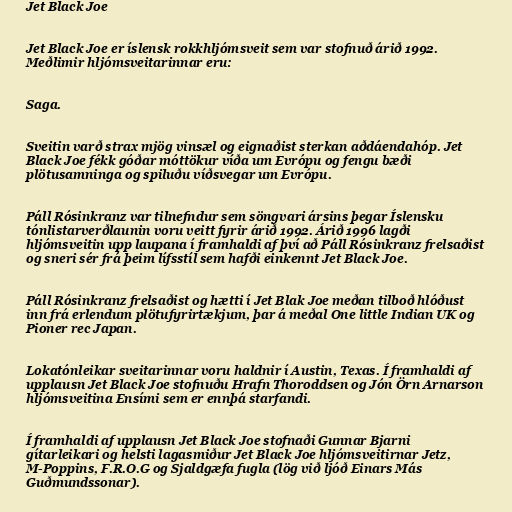
Jet Black Joe

Jet Black Joe er íslensk rokkhljómsveit sem var stofnuð árið 1992.
Meðlimir hljómsveitarinnar eru:

Saga.

Sveitin varð strax mjög vinsæl og eignaðist sterkan aðdáendahóp. Jet
Black Joe fékk góðar móttökur víða um Evrópu og fengu bæði
plötusamninga og spiluðu víðsvegar um Evrópu.

Páll Rósinkranz var tilnefndur sem söngvari ársins þegar Íslensku
tónlistarverðlaunin voru veitt fyrir árið 1992. Árið 1996 lagði
hljómsveitin upp laupana í framhaldi af því að Páll Rósinkranz frelsaðist
og sneri sér frá þeim lífsstíl sem hafði einkennt Jet Black Joe.

Páll Rósinkranz frelsaðist og hætti í Jet Blak Joe meðan tilboð hlóðust
inn frá erlendum plötufyrirtækjum, þar á meðal One little Indian UK og
Pioner rec Japan.

Lokatónleikar sveitarinnar voru haldnir í Austin, Texas. Í framhaldi af
upplausn Jet Black Joe stofnuðu Hrafn Thoroddsen og Jón Örn Arnarson
hljómsveitina Ensími sem er ennþá starfandi.

Í framhaldi af upplausn Jet Black Joe stofnaði Gunnar Bjarni
gítarleikari og helsti lagasmiður Jet Black Joe hljómsveitirnar Jetz,
M-Poppins, F.R.O.G og Sjaldgæfa fugla (lög við ljóð Einars Más
Guðmundssonar).